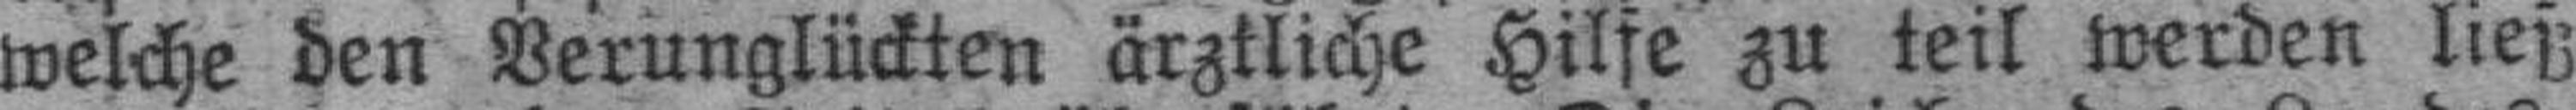
welche den Verunglückten ärztliche Hilfe zu teil werden ließ